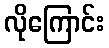
လိုကြောင်း